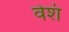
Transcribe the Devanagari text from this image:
वेशं